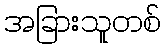
အခြားသူတစ်